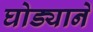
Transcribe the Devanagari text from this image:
घोड्याने